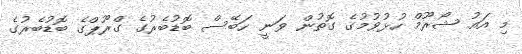
މި އައު ޝޯރޫމް ހުޅުވުމުގެ ގޮތުން ވަނީ ހަބޭސް ބޮޑުބެރުގެ ގްރޫޕްގެ ބޮޑުބެރުގެ